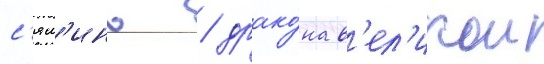
с'ял'инь / драко́на в'ел'икои